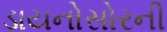
ડાયનોસોરની